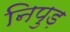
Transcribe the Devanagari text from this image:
निपुड़